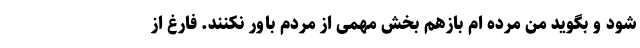
شود و بگوید من مرده ام بازهم بخش مهمی از مردم باور نکنند. فارغ از